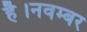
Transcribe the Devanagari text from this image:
है।नवम्बर